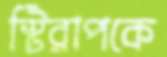
স্টিরাপকে